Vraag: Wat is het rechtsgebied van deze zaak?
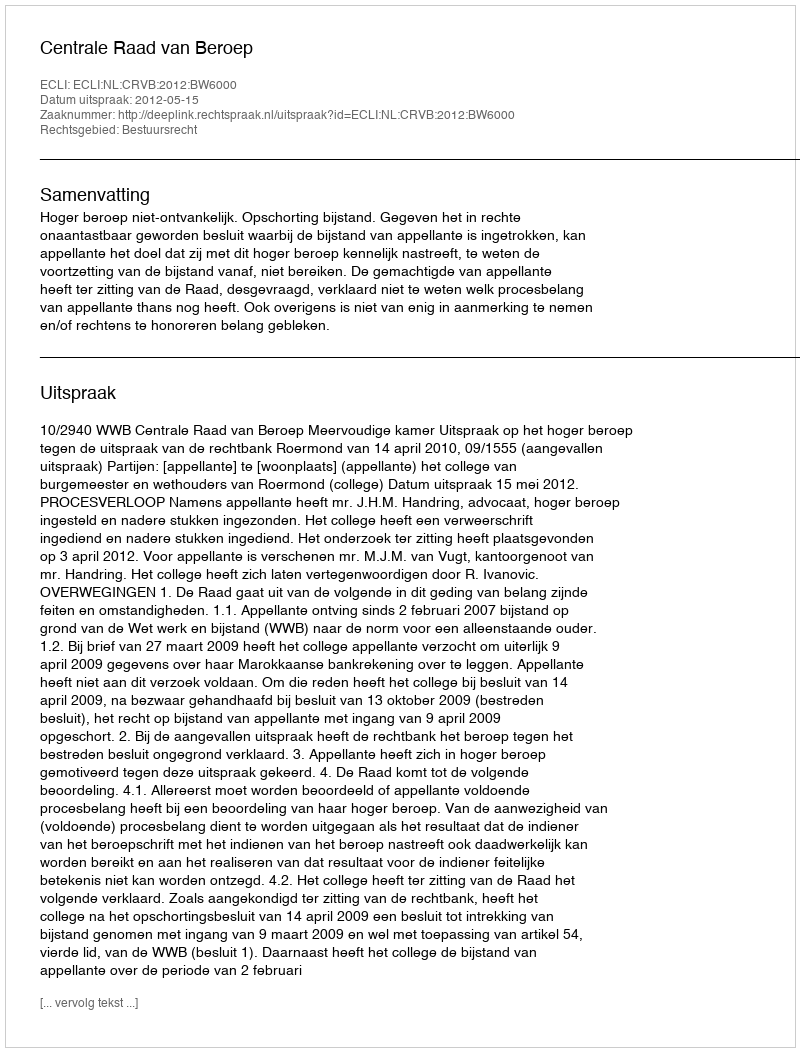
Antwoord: Bestuursrecht